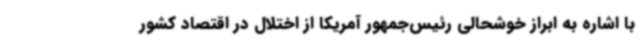
با اشاره به ابراز خوشحالی رئیس‌جمهور آمریکا از اختلال در اقتصاد کشور